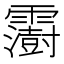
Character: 𩆩